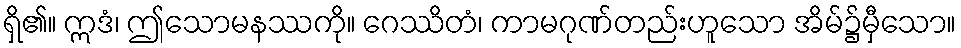
ရှိ၏။ ဣဒံ၊ ဤသောမနဿကို။ ဂေဿိတံ၊ ကာမဂုဏ်တည်းဟူသော အိမ်၌မှီသော။